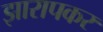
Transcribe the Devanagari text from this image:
झारापकर